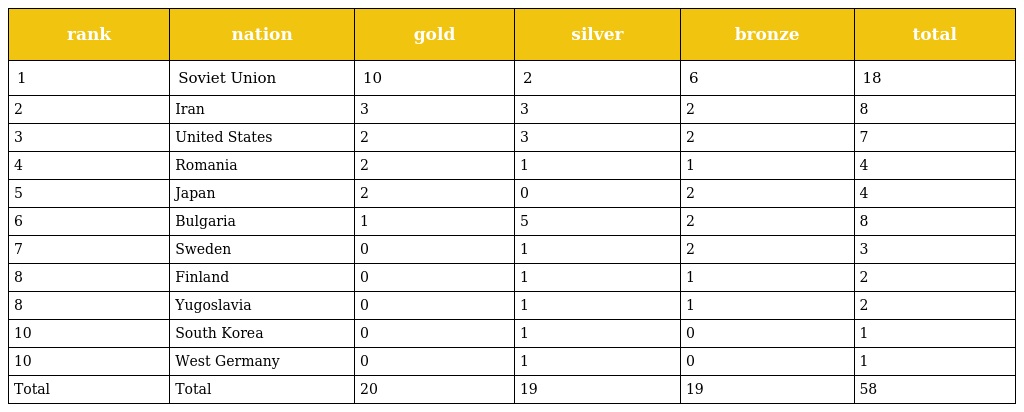
| rank | nation | gold | silver | bronze | total |
 | --- | --- | --- | --- | --- | --- |
 | 1 | Soviet Union | 10 | 2 | 6 | 18 |
 | 2 | Iran | 3 | 3 | 2 | 8 |
 | 3 | United States | 2 | 3 | 2 | 7 |
 | 4 | Romania | 2 | 1 | 1 | 4 |
 | 5 | Japan | 2 | 0 | 2 | 4 |
 | 6 | Bulgaria | 1 | 5 | 2 | 8 |
 | 7 | Sweden | 0 | 1 | 2 | 3 |
 | 8 | Finland | 0 | 1 | 1 | 2 |
 | 8 | Yugoslavia | 0 | 1 | 1 | 2 |
 | 10 | South Korea | 0 | 1 | 0 | 1 |
 | 10 | West Germany | 0 | 1 | 0 | 1 |
 | Total | Total | 20 | 19 | 19 | 58 |